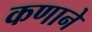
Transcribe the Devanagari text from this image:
कणाने